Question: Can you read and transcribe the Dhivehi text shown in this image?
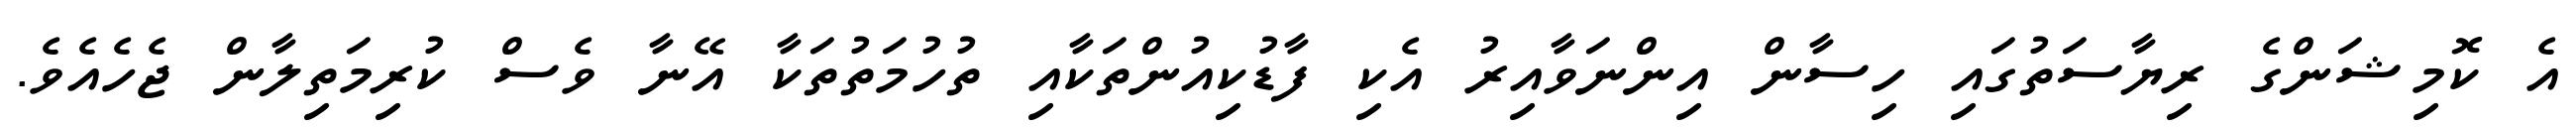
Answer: އެ ކޮމިޝަންގެ ރިޔާސަތުގައި ހިސާން އިންނަވާއިރު އެކި ފާޑުކިއުންތަކާއި ތުހުމަތުތަކާ އޭނާ ވެސް ކުރިމަތިލާން ޖެހެއެވެ.